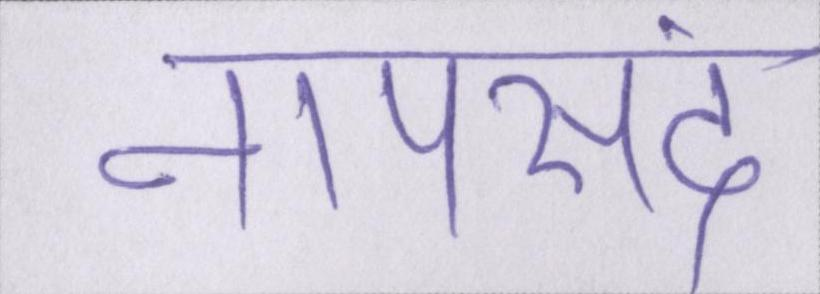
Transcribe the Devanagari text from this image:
नापसंद